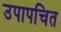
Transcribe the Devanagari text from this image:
उपापचित